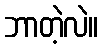
ဘာတဲ့လဲ။